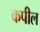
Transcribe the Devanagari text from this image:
कपील